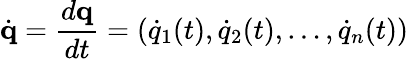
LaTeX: {\dot{\mathbf{q}}}={\frac{d\mathbf{q}}{dt}}=({\dot{q}}_{1}(t),{\dot{q}}_{2}(t),\ldots,{\dot{q}}_{n}(t))